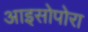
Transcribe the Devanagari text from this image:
आइसोपोरा